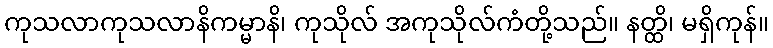
ကုသလာကုသလာနိကမ္မာနိ၊ ကုသိုလ် အကုသိုလ်ကံတို့သည်။ နတ္ထိ၊ မရှိကုန်။